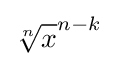
{\sqrt[{n}]{x}}^{n-k}